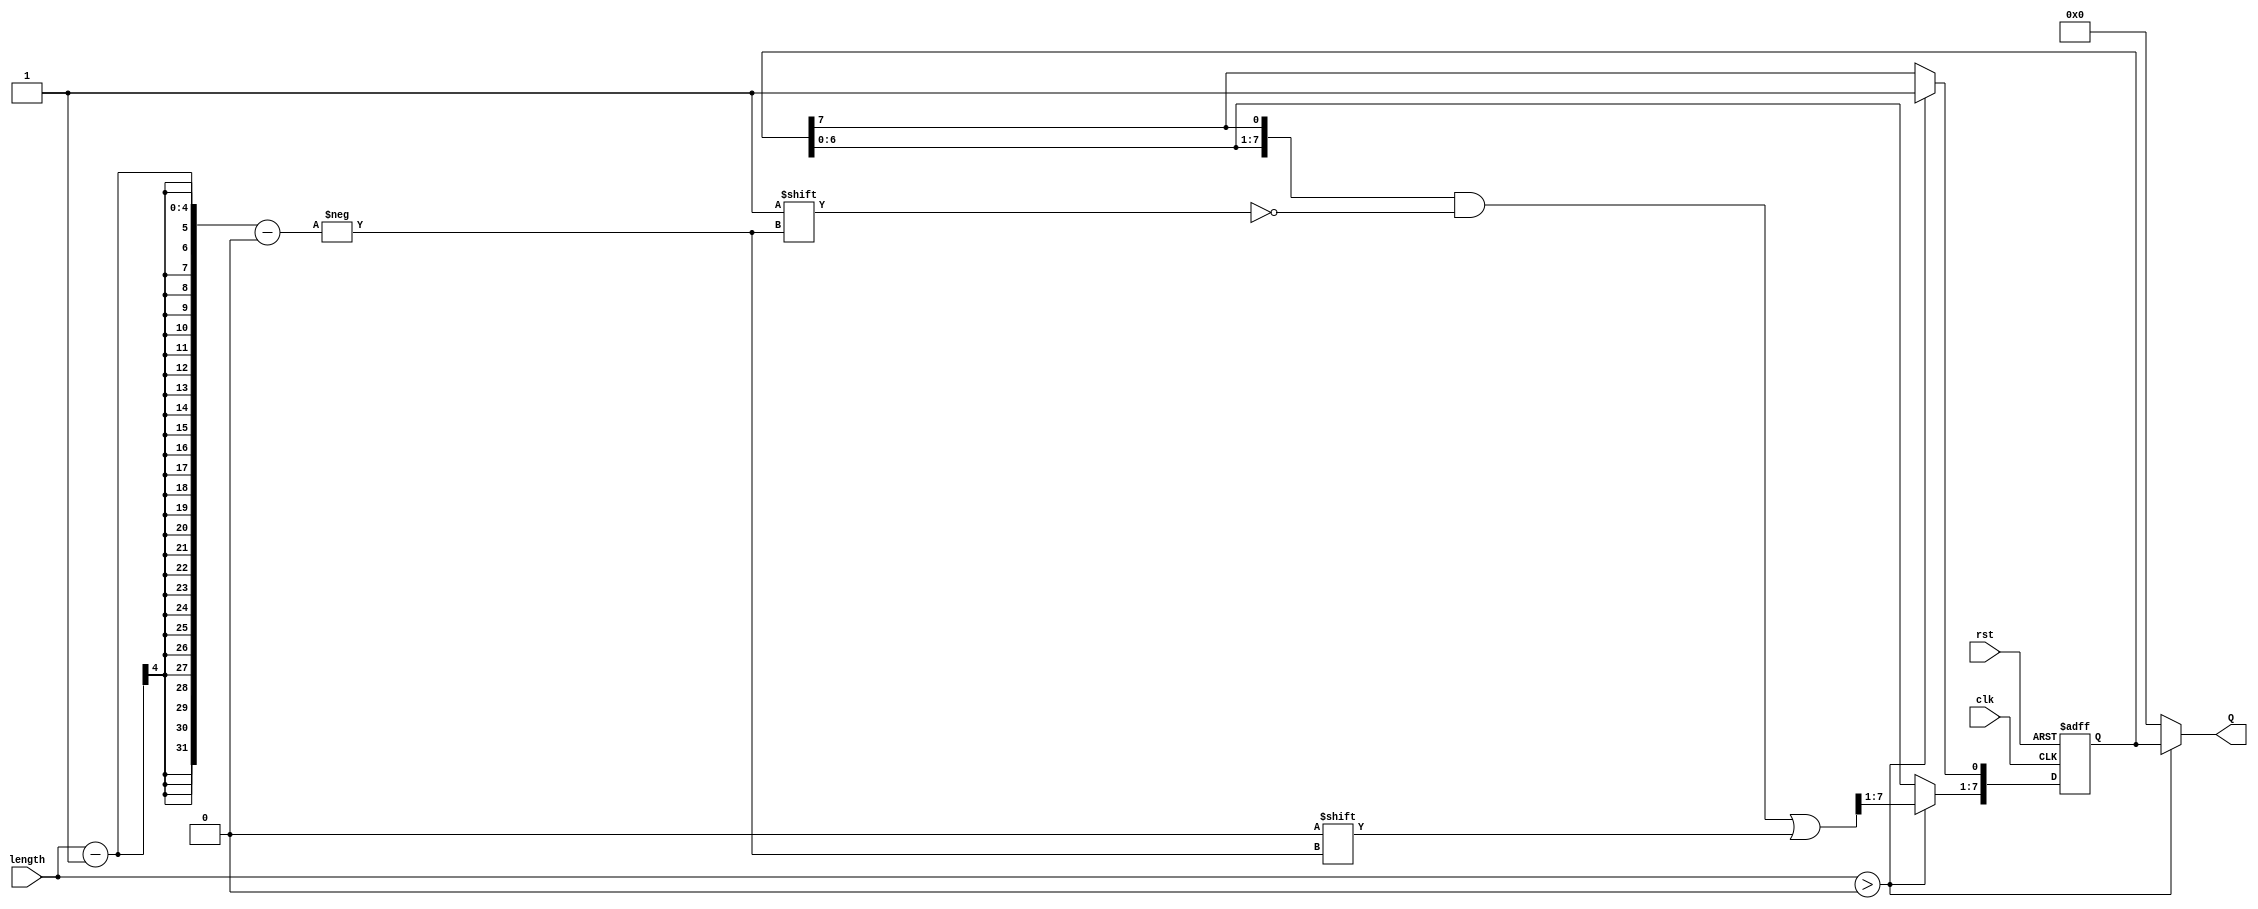
module variable_length_ring_counter #(
    parameter TOTAL_FLIP_FLOPS = 8  // Total number of flip-flops
) (
    input wire clk,
    input wire rst,
    input wire [3:0] length, // Assume max length of 16 for 4-bit input
    output reg [TOTAL_FLIP_FLOPS-1:0] Q
);

    // Internal variable to keep track of the current state
    reg [TOTAL_FLIP_FLOPS-1:0] current_state;

    // Asynchronous reset
    always @(posedge clk or posedge rst) begin
        if (rst) begin
            current_state <= {TOTAL_FLIP_FLOPS{1'b0}}; // Clear all
            current_state[0] <= 1'b1; // Set first flip-flop
        end else begin
            // Shift the state for ring counter logic
            current_state <= {current_state[TOTAL_FLIP_FLOPS-2:0], current_state[TOTAL_FLIP_FLOPS-1]};
            // Reset the counter if it exceeds defined length
            if (length > 0) begin
                current_state[length-1] <= 1'b0; // Clear the active position
                current_state[0] <= 1'b1; // Set the next active position
            end
        end
    end

    // Assign the output
    always @(*) begin
        if (length > 0) begin
            Q = current_state; // Use current state for valid lengths
        end else begin
            Q = {TOTAL_FLIP_FLOPS{1'b0}}; // All low if length is 0
        end
    end

endmodule